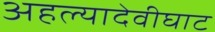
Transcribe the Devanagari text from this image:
अहल्यादेवीघाट